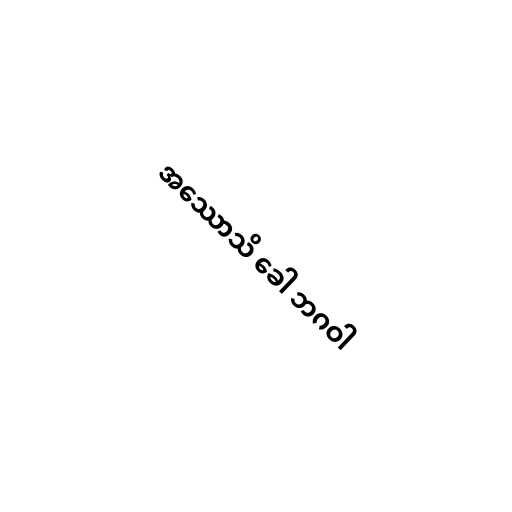
အဿောသိ ခေါ ဘဂဝါ